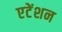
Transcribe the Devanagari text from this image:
एटेंशन